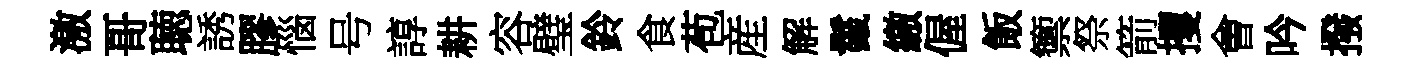
激哥聴誘膠惱号諄耕容璧鈴食苞産解鬣繳偓飯籞祭箭攫㑹吟撥